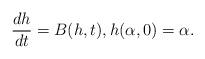
LaTeX: \begin{align*}\frac{dh}{dt}=B(h,t),h(\alpha,0)=\alpha.\end{align*}